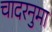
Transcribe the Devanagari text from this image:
चादरनुमा